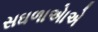
સઘળાએાએ